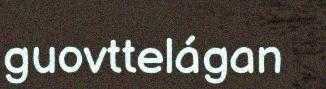
guovttelágan